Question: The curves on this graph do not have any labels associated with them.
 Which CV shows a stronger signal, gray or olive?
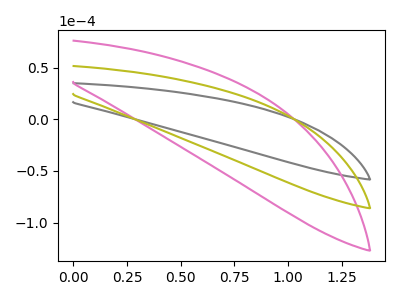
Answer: <think>The gray curve "gray" has no peaks. The pink curve "pink" has no peaks. The olive curve "olive" has no peaks.
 Neither "gray" or "olive" have any peaks.</think>
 <answer>I cant tell if "gray" or "olive" has more signal.</answer>
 <eval>mixed_signal</eval>